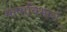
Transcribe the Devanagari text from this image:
भाषाविभाग